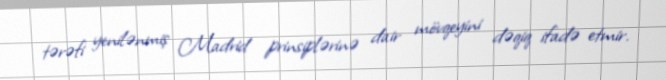
tərəfi yenilənmiş Madrid prinsiplərinə dair mövqeyini dəqiq ifadə etmir.